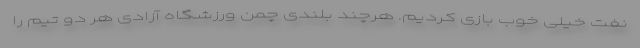
نفت خیلی خوب بازی کردیم. هرچند بلندی چمن ورزشگاه آزادی هر دو تیم را